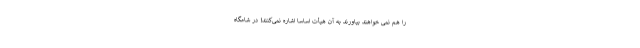
را هم نمی‌ خواهند بیاورند به آن هیأت اساسا اشاره نمی‌کنند! در شامگاه